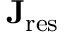
\mathbf { J } _ { \mathrm { r e s } }